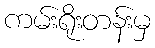
ကမ်းရိုးတန်းမှ